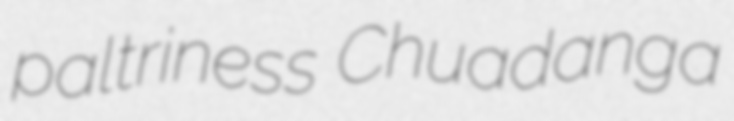
paltriness Chuadanga